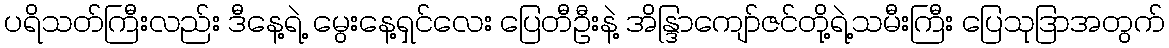
ပရိသတ်ကြီးလည်း ဒီနေ့ရဲ့ မွေးနေ့ရှင်လေး ပြေတီဦးနဲ့ အိန္ဒြာကျော်ဇင်တို့ရဲ့သမီးကြီး ပြေသုဒြာအတွက်